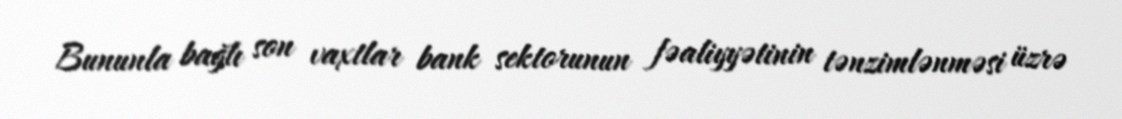
Bununla bağlı son vaxtlar bank sektorunun fəaliyyətinin tənzimlənməsi üzrə